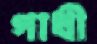
গাধী